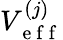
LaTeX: V_{\mathrm{~e~f~f~}}^{(j)}